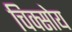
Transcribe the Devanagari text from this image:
चिक्सोय